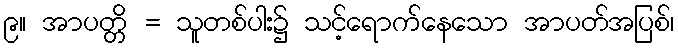
၉။ အာပတ္တိ = သူတစ်ပါး၌ သင့်ရောက်နေသော အာပတ်အပြစ်၊